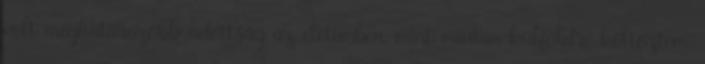
volt meghatározóbb adottság az életemben, mint miután külföldre költöztem.